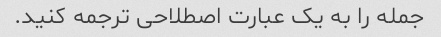
جمله را به یک عبارت اصطلاحی ترجمه کنید.